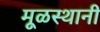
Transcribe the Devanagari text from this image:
मूळस्थानी